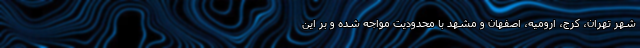
شهر تهران، کرج، ارومیه، اصفهان و مشهد با محدودیت مواجه شده و بر این